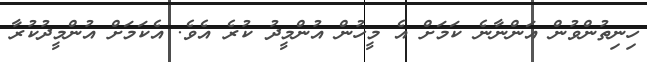
ހިނިތުންވުން އަންނާނެ ކަމަށް އެ މީހުން އުންމީދު ކުރެ އެވެ. އެކަމަށް އުންމީދުކުރާ